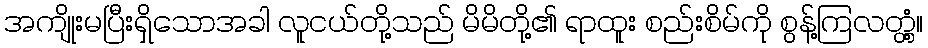
အကျိုးမပြီးရှိသောအခါ လူငယ်တို့သည် မိမိတို့၏ ရာထူး စည်းစိမ်ကို စွန့်ကြလတ္တံ့။